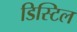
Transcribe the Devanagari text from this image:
डिस्टिल